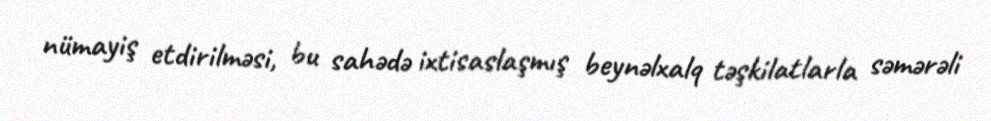
nümayiş etdirilməsi, bu sahədə ixtisaslaşmış beynəlxalq təşkilatlarla səmərəli